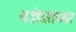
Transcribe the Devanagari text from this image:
वडोदराच्या